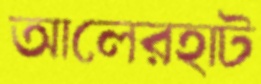
আলেরহাট